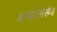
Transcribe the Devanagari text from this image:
अध्यात्मसेव